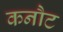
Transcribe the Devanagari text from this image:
कनौट